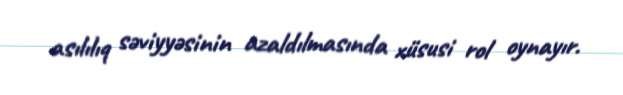
asılılıq səviyyəsinin azaldılmasında xüsusi rol oynayır.